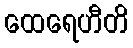
ထေရေဟီတိ